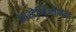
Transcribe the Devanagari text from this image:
कांस्टेन्टिनोपोल